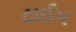
ટાઈપ